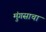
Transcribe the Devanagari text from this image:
मुंगसाचा